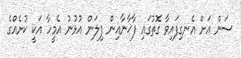
ސަން އަށް އެނގިފައިވާ ގޮތުގައި ފާޚާނާއިން ފިލަން އުޅުނު އެމީހާ އަކީ ކުށެއްގެ